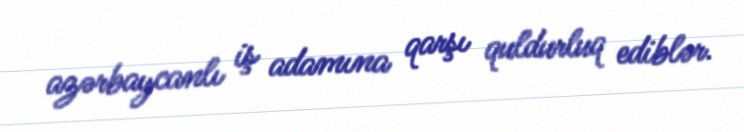
azərbaycanlı iş adamına qarşı quldurluq ediblər.